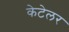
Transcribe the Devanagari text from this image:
केटेलर